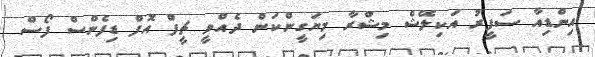
އިންޑިއާ ސަފީރު އަކިލޭޝް މިޝްރާ މިޔަގީންކަން ދެއްވީ ޗީފް އޮފް ޑިފެންސް ފޯސް